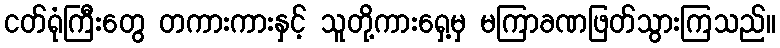
ငတ်ရုံကြီးတွေ တကားကားနှင့် သူတို့ကားရှေ့မှ မကြာခဏဖြတ်သွားကြသည်။